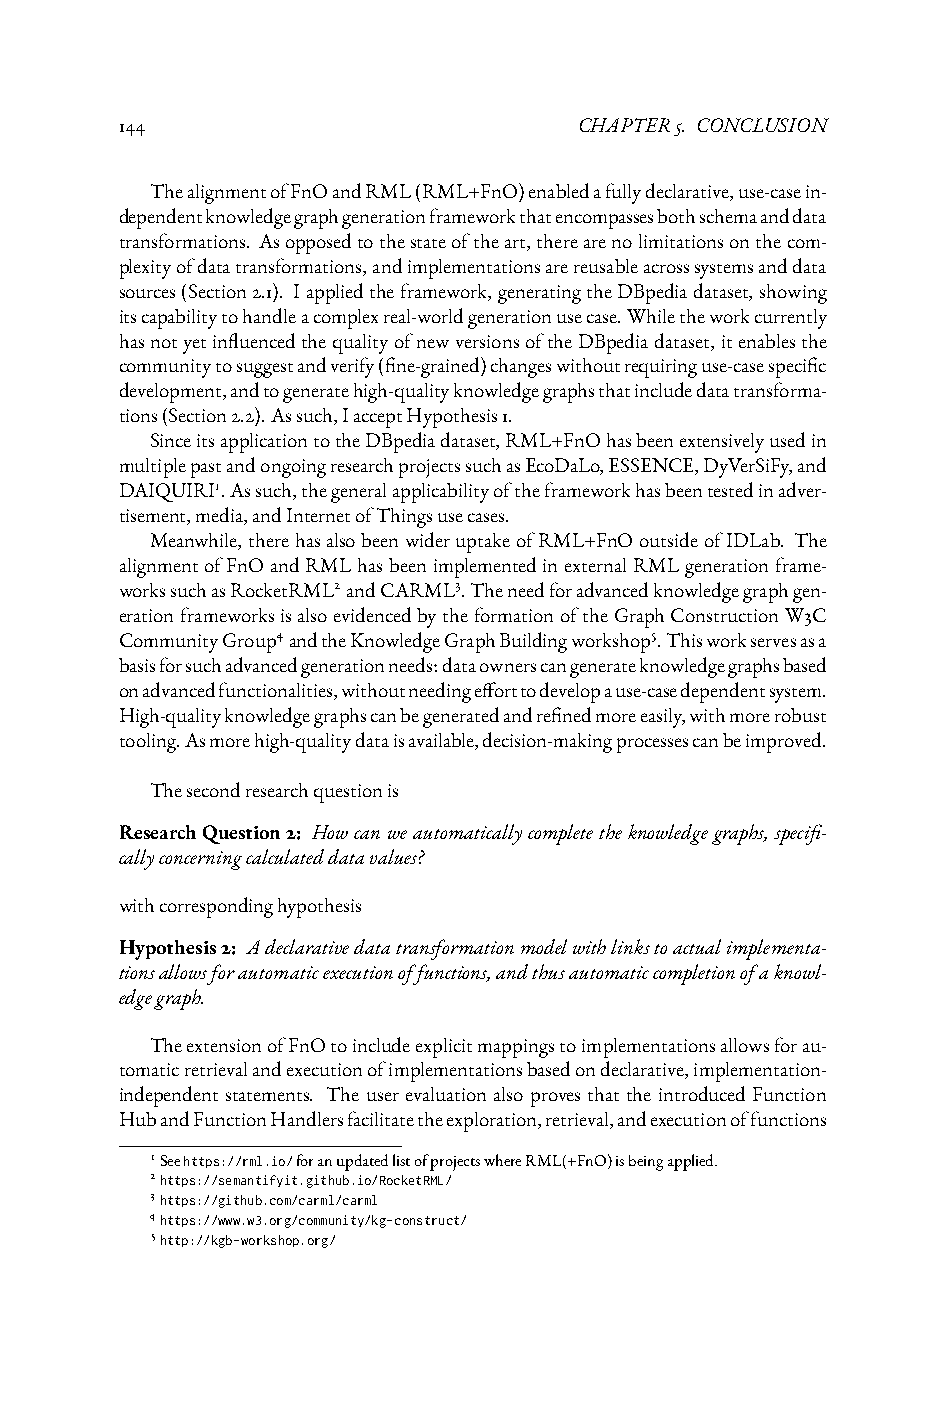
144                           CHAPTER5. CONCLUSION
 ThealignmentofFnOandRML(RML+FnO)enabledafullydeclarative,use-casein-
 dependentknowledgegraphgenerationframeworkthatencompassesbothschemaanddata
 transformations. Asopposedtothestateoftheart,therearenolimitationsonthecom-
 plexityofdatatransformations,andimplementationsarereusableacrosssystemsanddata
 sources(Section2.1). Iappliedtheframework,generatingtheDBpediadataset,showing
 itscapabilitytohandleacomplexreal-worldgenerationusecase.Whiletheworkcurrently
 hasnotyetinfluencedthequalityofnewversionsoftheDBpediadataset,itenablesthe
 communitytosuggestandverify(fine-grained)changeswithoutrequiringuse-casespecific
 development,andtogeneratehigh-qualityknowledgegraphsthatincludedatatransforma-
 tions(Section2.2).Assuch,IacceptHypothesis1.
 SinceitsapplicationtotheDBpediadataset,RML+FnOhasbeenextensivelyusedin
 multiplepastandongoingresearchprojectssuchasEcoDaLo,ESSENCE,DyVerSiFy,and
 DAIQUIRI1.Assuch,thegeneralapplicabilityoftheframeworkhasbeentestedinadver-
 tisement,media,andInternetofThingsusecases.
 Meanwhile,therehasalsobeenwideruptakeofRML+FnOoutsideofIDLab. The
 alignmentofFnOandRMLhasbeenimplementedinexternalRMLgenerationframe-
 workssuchasRocketRML2andCARML3.Theneedforadvancedknowledgegraphgen-
 erationframeworksisalsoevidencedbytheformationoftheGraphConstructionW3C
 CommunityGroup4andtheKnowledgeGraphBuildingworkshop5.Thisworkservesasa
 basisforsuchadvancedgenerationneeds:dataownerscangenerateknowledgegraphsbased
 onadvancedfunctionalities,withoutneedingefforttodevelopause-casedependentsystem.
 High-qualityknowledgegraphscanbegeneratedandrefinedmoreeasily,withmorerobust
 tooling.Asmorehigh-qualitydataisavailable,decision-makingprocessescanbeimproved.
 Thesecondresearchquestionis
 ResearchQuestion2: Howcanweautomaticallycompletetheknowledgegraphs, specifi-
 callyconcerningcalculateddatavalues?
 withcorrespondinghypothesis
 Hypothesis2: Adeclarativedatatransformationmodelwithlinkstoactualimplementa-
 tionsallowsforautomaticexecutionoffunctions,andthusautomaticcompletionofaknowl-
 edgegraph.
 TheextensionofFnOtoincludeexplicitmappingstoimplementationsallowsforau-
 tomaticretrievalandexecutionofimplementationsbasedondeclarative,implementation-
 independent statements. The user evaluation also proves that the introduced Function
 HubandFunctionHandlersfacilitatetheexploration,retrieval,andexecutionoffunctions
 1Seehttps://rml.io/foranupdatedlistofprojectswhereRML(+FnO)isbeingapplied.
 2https://semantifyit.github.io/RocketRML/
 3https://github.com/carml/carml
 4https://www.w3.org/community/kg-construct/
 5http://kgb-workshop.org/